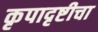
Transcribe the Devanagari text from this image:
कृपादृष्टीचा